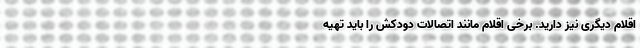
اقلام دیگری نیز دارید. برخی اقلام مانند اتصالات دودکش را باید تهیه